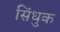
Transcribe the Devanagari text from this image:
सिंधुक